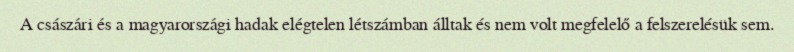
A császári és a magyarországi hadak elégtelen létszámban álltak és nem volt megfelelő a felszerelésük sem.